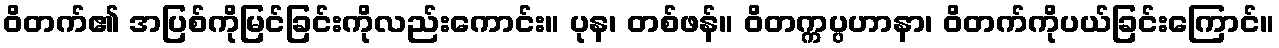
ဝိတက်၏ အပြစ်ကိုမြင်ခြင်းကိုလည်းကောင်း။ ပုန၊ တစ်ဖန်။ ဝိတက္ကပ္ပဟာနာ၊ ဝိတက်ကိုပယ်ခြင်းကြောင်။